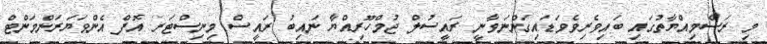
މި ރަސްމިއްޔާތުގައި ބައިވެރިވެވަޑައިގަންނަވާނީ ރައީސުލް ޖުމްހޫރިއްޔާ ނައިބު ރައީސް މިނިސްޓަރ އޮފް އެންވަޔަރަންމަންޓް